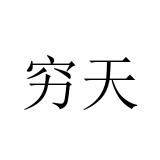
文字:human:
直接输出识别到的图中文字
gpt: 穷天